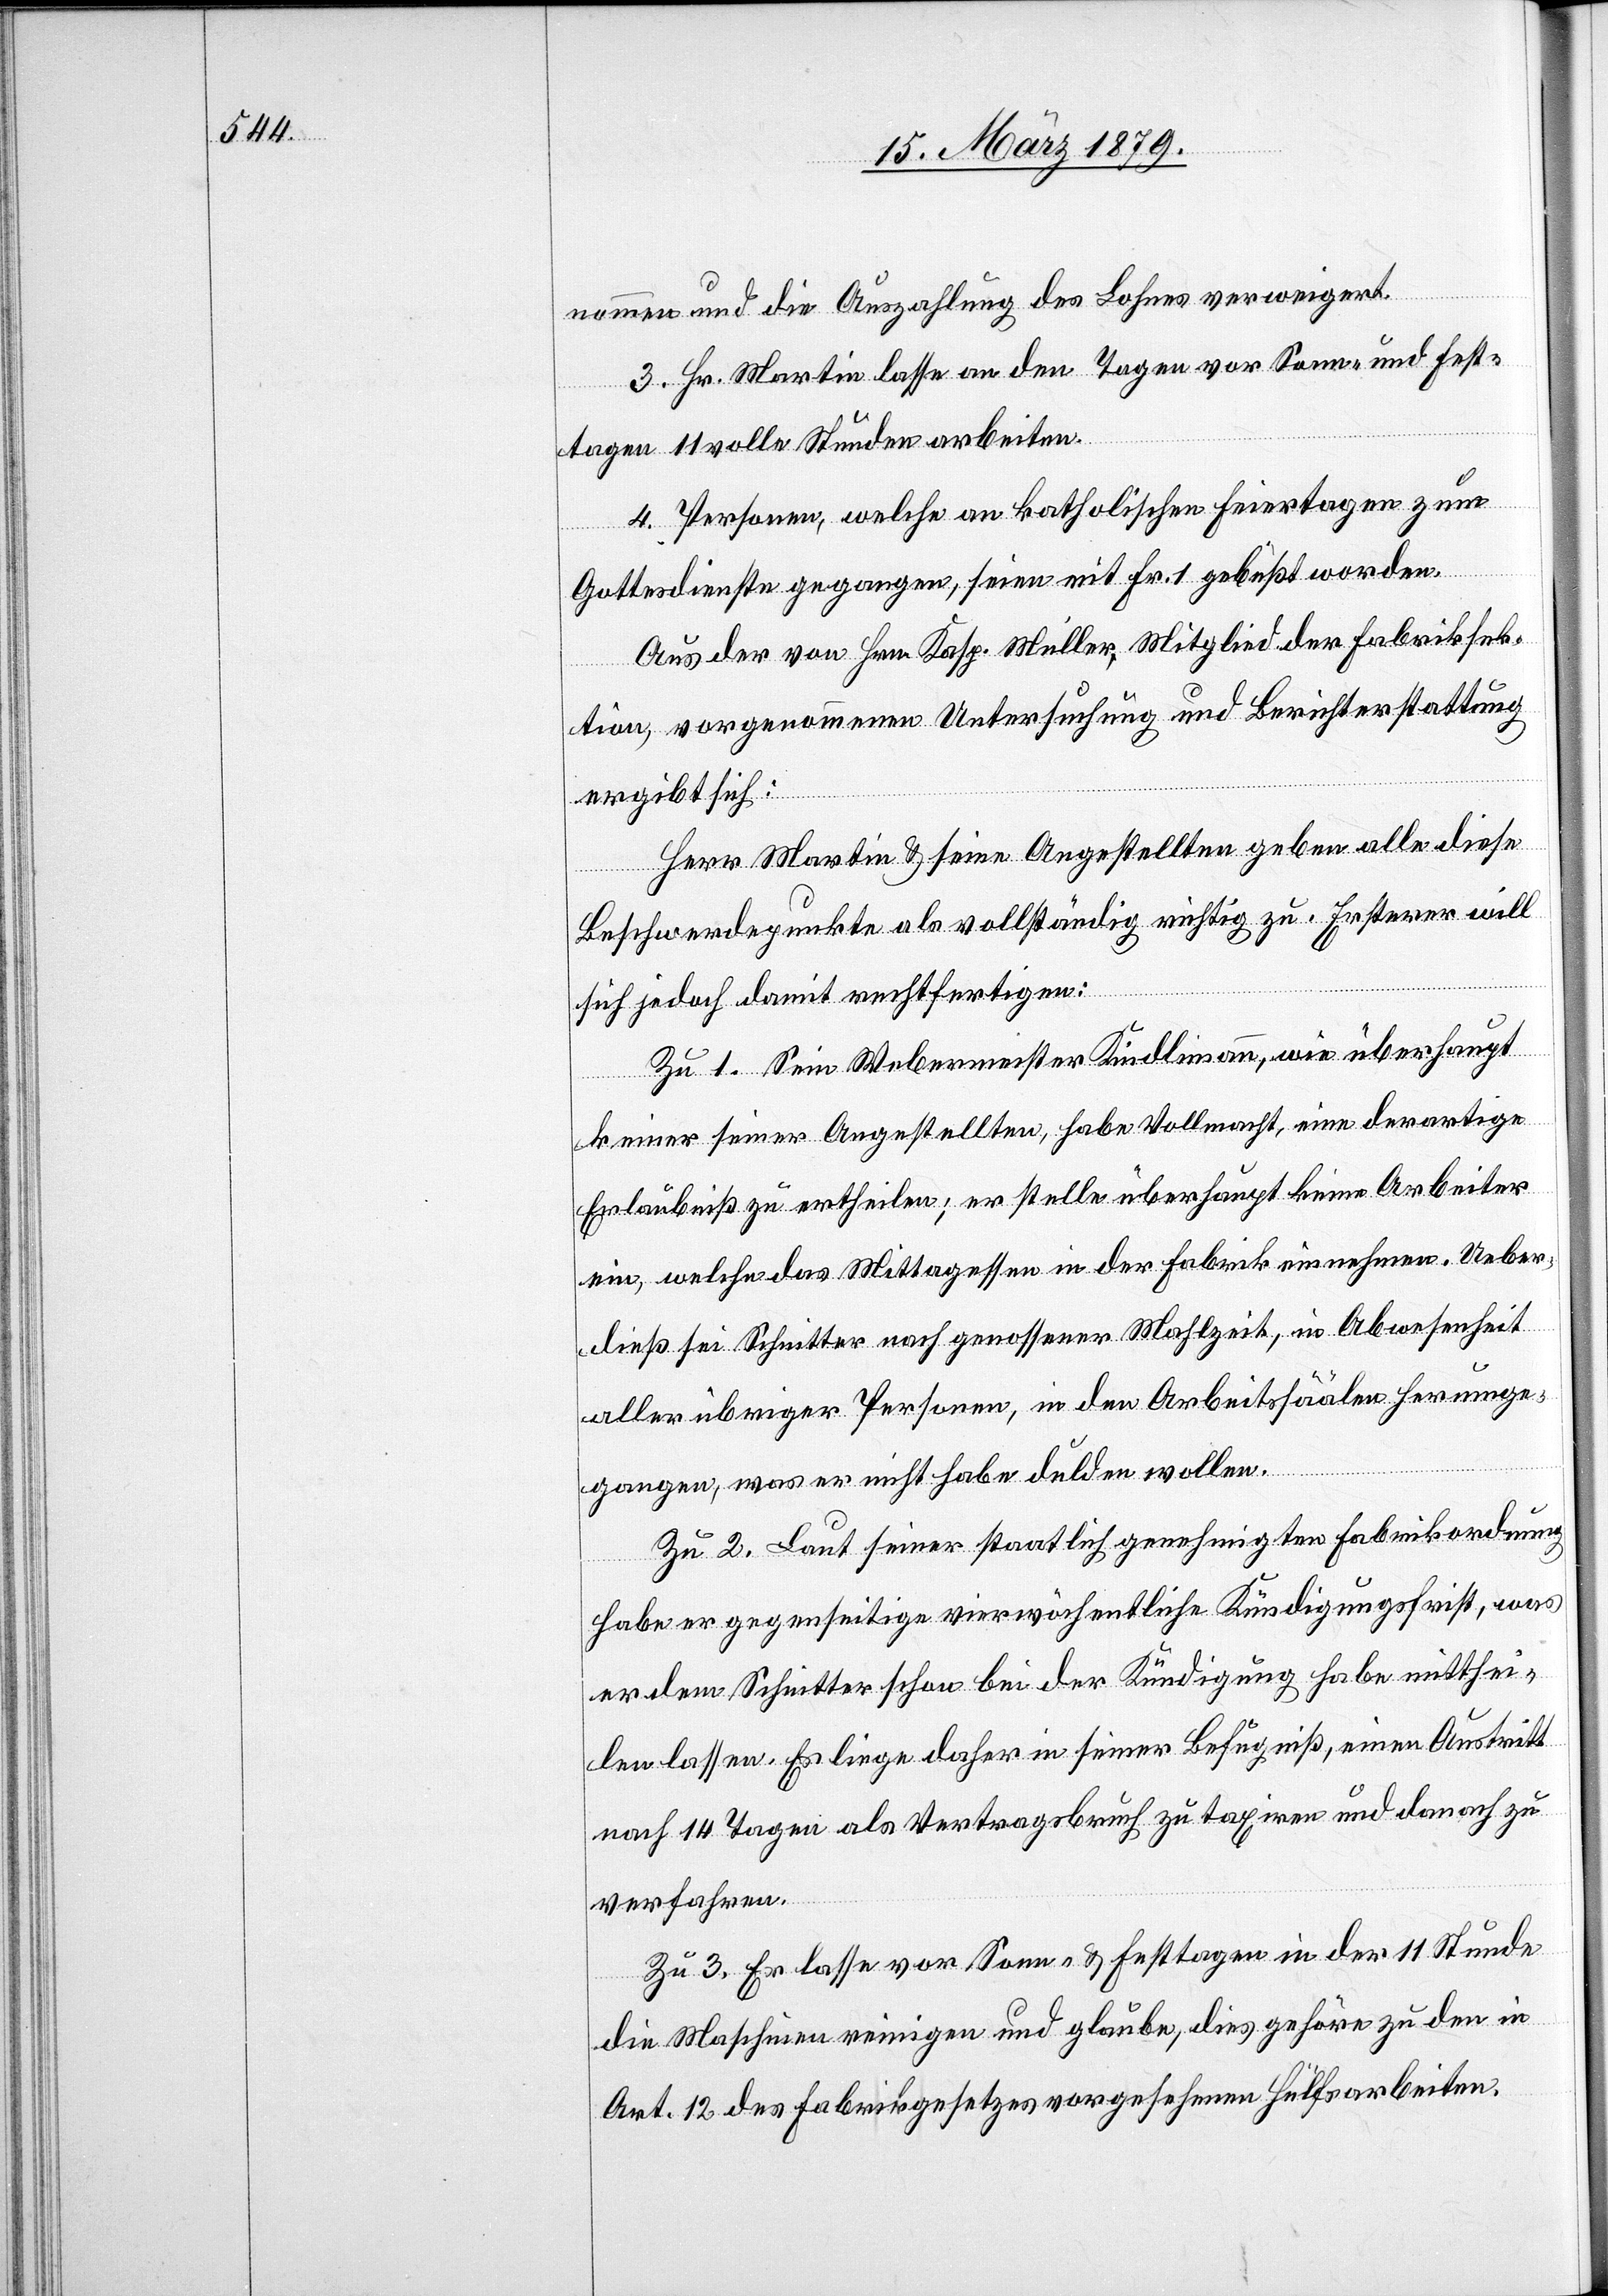
nommen und die Auszahlung des Lohnes verweigert.
3. Hr. Martin lasse an den Tagen vor Sonn- und Fest¬
tagen 11 volle Stunden arbeiten.
4. Personen, welche an katholischen Feiertagen zum
Gottesdienste gegangen, seien mit Fr. 1 gebüßt worden.
Aus der von Hrn. Kaspar Müller, Mitglied der Fabriksek¬
tion, vorgenommenen Untersuchung und Berichterstattung
ergibt sich:
Herr Martin & seine Angestellten geben alle diese
Beschwerdepunkte als vollständig richtig zu. Ersterer will
sich jedoch damit rechtfertigen:
Zu 1. Sein Webermeister Kindlimann, wie überhaupt
keiner seiner Angestellten, habe Vollmacht, eine derartige
Erlaubniß zu ertheilen; er stelle überhaupt keine Arbeiter
ein, welche das Mittagessen in der Fabrik einnehmen. Ueber¬
dieß sei Schnitter nach genossener Mahlzeit, in Abwesenheit
aller übriger Personen, in den Arbeitssäälen herumge¬
gangen, was er nicht habe dulden wollen,
Zu 2. Laut seiner staatlich genehmigten Fabrikordnung
habe er gegenseitige vierwöchentliche Kündigungsfrist, was
er dem Schnitter schon bei der Kündigung habe mitthei¬
len lassen. Es liege daher in seiner Befugniß, einen Austritt
nach 14 Tagen als Vertragsbruch zu taxiren und danach zu
verfahren.
Zu 3. Er lasse vor Sonn- & Festtagen in der 11 Stunde
die Maschinen reinigen und glaube, dies gehöre zu den in
Art. 12 des Fabrikgesetzes vorgesehenen Hülfsarbeiten.